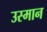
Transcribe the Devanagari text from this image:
उस्‍मान